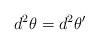
LaTeX: \begin{align*}d^2\theta=d^2\theta'\end{align*}